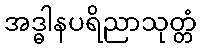
အဒ္ဓါနပရိညာသုတ္တံ